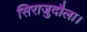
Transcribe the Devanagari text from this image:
सिराजुदौला।